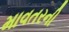
માવતરની